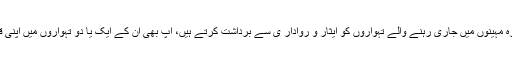
اس لیے ہم اپنے وطنی بھائیوں سے درخواست کریں گے کہ جس طرح مسلمان آپ کے سال کے بارہ مہینوں میں جاری رہنے والے تہواروں کو ایثار و روادار ی سے برداشت کرتے ہیں، آپ بھی ان کے ایک یا دو تہواروں میں اپنی قوتِ برداشت کا مظاہرہ کریں، تاکہ ملک کی سالمیت و امن برقرار رہے اور فخریہ کہا جاتا رہے ؎